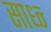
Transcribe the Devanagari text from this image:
साध्न्